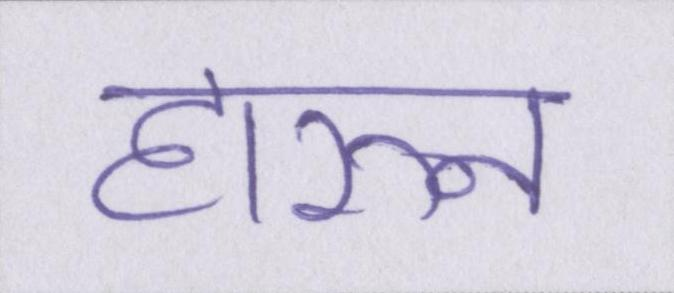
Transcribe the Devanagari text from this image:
हारुन